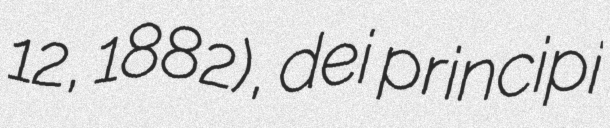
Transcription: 12, 1882), dei principi